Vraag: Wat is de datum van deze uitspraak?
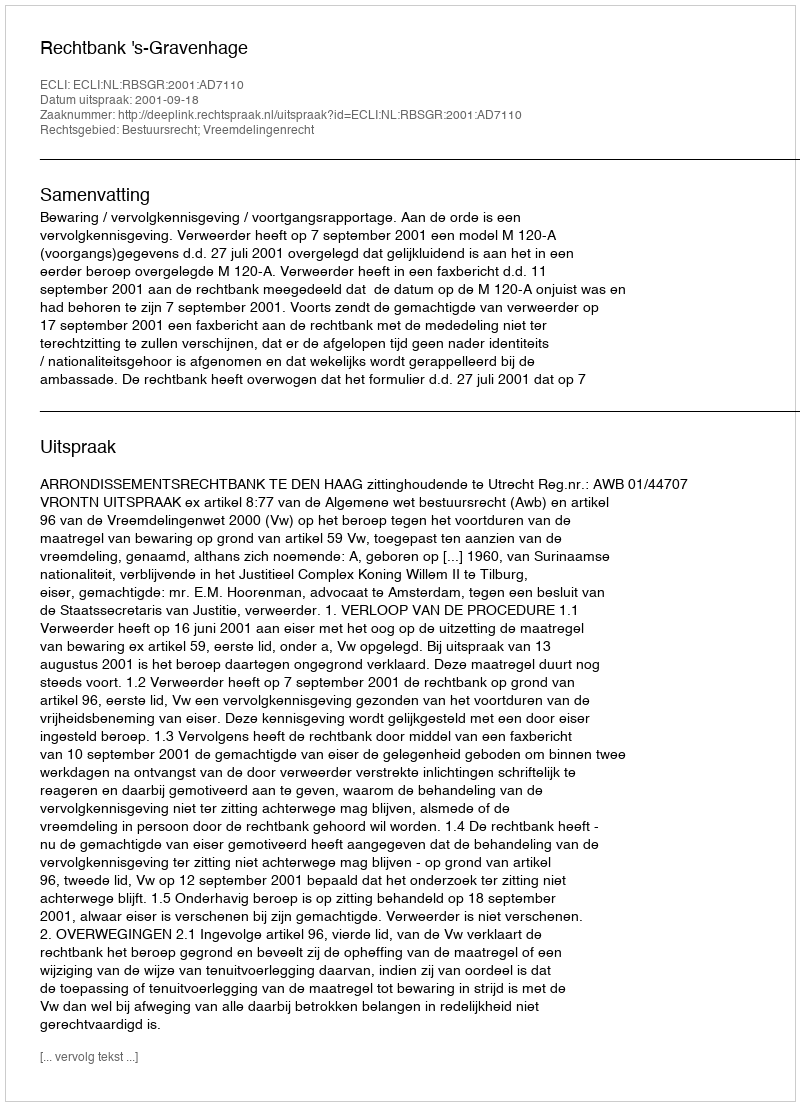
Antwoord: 2001-09-18